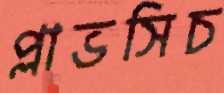
প্লাভসিচ